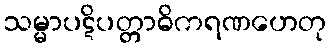
သမ္မာပဋိပတ္တာဓိကရဏဟေတု